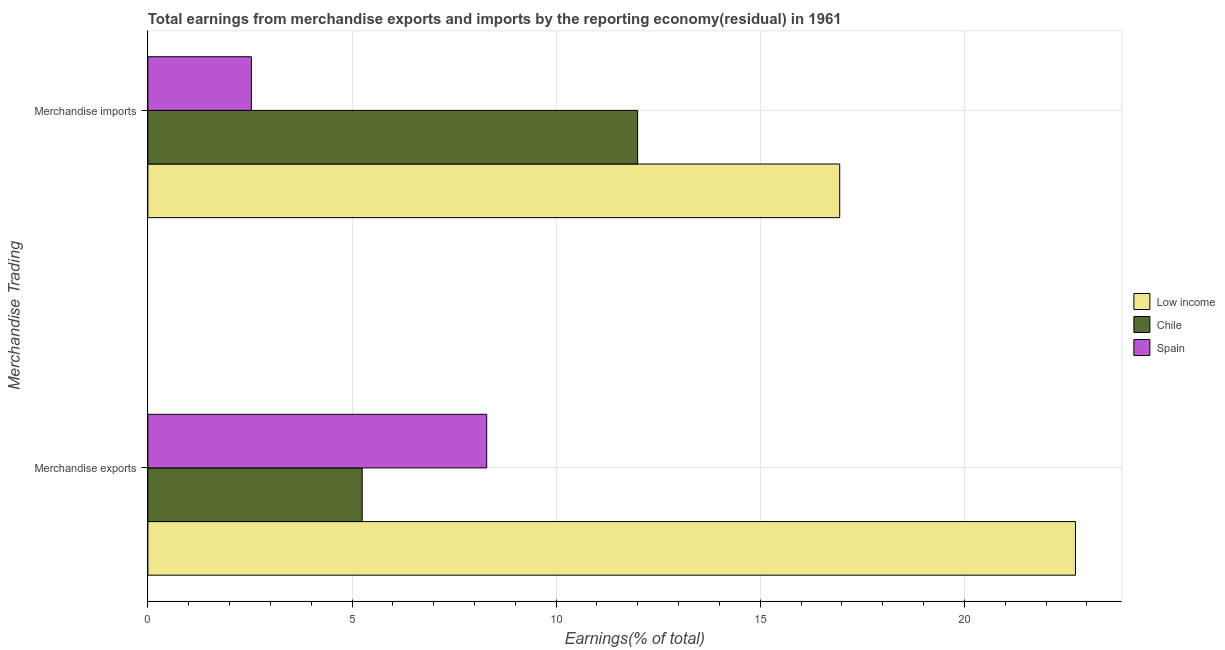
| Merchandise Trading | Low income | Chile | Spain |
 | --- | --- | --- | --- |
 | Merchandise exports | 22.7 | 5.25 | 8.3 |
 | Merchandise imports | 16.9 | 12 | 2.54 |